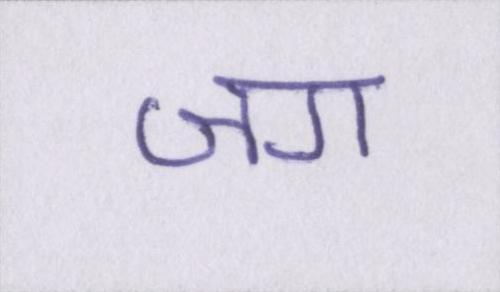
जग